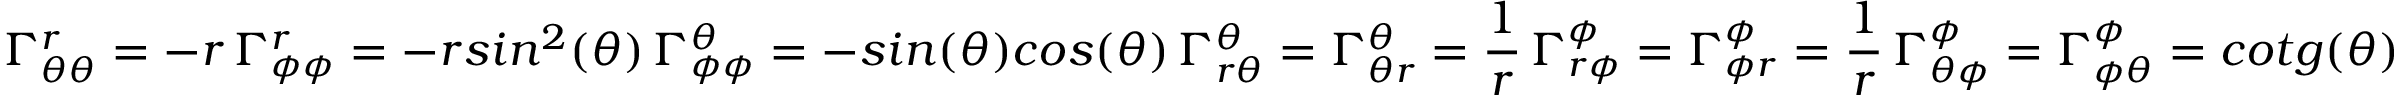
\Gamma _ { \theta \theta } ^ { r } = - r \, \Gamma _ { \phi \phi } ^ { r } = - r s i n ^ { 2 } ( \theta ) \, \Gamma _ { \phi \phi } ^ { \theta } = - s i n ( \theta ) c o s ( \theta ) \, \Gamma _ { r \theta } ^ { \theta } = \Gamma _ { \theta r } ^ { \theta } = \frac { 1 } { r } \, \Gamma _ { r \phi } ^ { \phi } = \Gamma _ { \phi r } ^ { \phi } = \frac { 1 } { r } \, \Gamma _ { \theta \phi } ^ { \phi } = \Gamma _ { \phi \theta } ^ { \phi } = c o t g ( \theta )